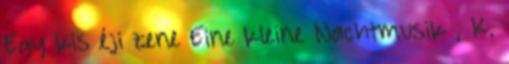
Egy kis éji zene Eine kleine Nachtmusik , K.